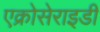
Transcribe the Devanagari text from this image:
एक्रोसेराइडी